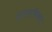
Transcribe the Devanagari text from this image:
प्रास्ताविकम